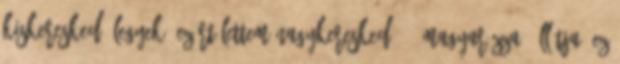
kiskereskedő legyek, ezért lettem nagykereskedő” – magyarázza. Állítja, ez